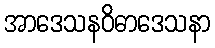
အာဒေသနဝိဓာဒေသနာ